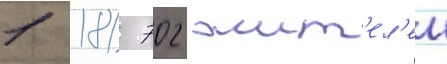
1 181 702 жит'ел'еи